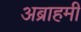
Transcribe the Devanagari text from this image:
अब्राहमी